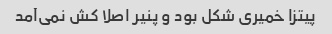
پیتزا خمیری شکل بود و پنیر اصلا کش نمی‌آمد